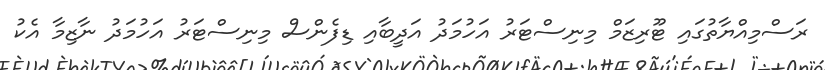
ރަސްމިއްޔާތުގައި ޓޫރިޒަމް މިނިސްޓަރު އަހުމަދު އަދީބާއި ޑިފެންސް މިނިސްޓަރު އަހުމަދު ނާޒިމާ އެކު